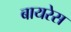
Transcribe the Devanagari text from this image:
बायरेस